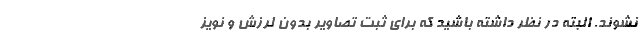
نشوند. البته در نظر داشته باشید که برای ثبت تصاویر بدون لرزش و نویز